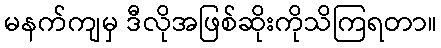
မနက်ကျမှ ဒီလိုအဖြစ်ဆိုးကိုသိကြရတာ။